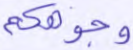
وجوهكم